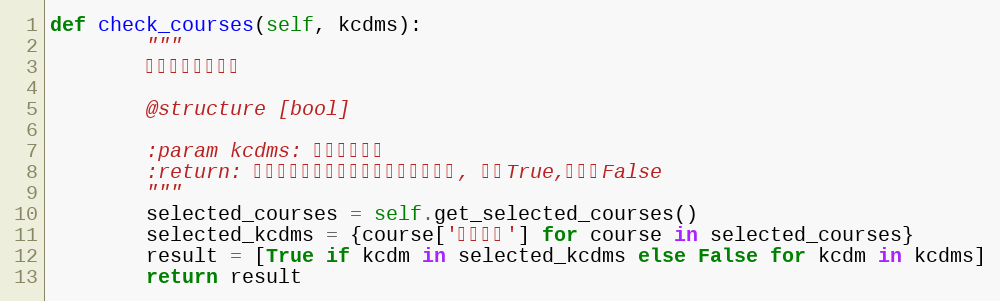
Language: Python
def check_courses(self, kcdms):
        """
        检查课程是否被选

        @structure [bool]

        :param kcdms: 课程代码列表
        :return: 与课程代码列表长度一致的布尔值列表, 已为True,未选为False
        """
        selected_courses = self.get_selected_courses()
        selected_kcdms = {course['课程代码'] for course in selected_courses}
        result = [True if kcdm in selected_kcdms else False for kcdm in kcdms]
        return result